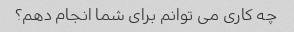
چه کاری می توانم برای شما انجام دهم؟